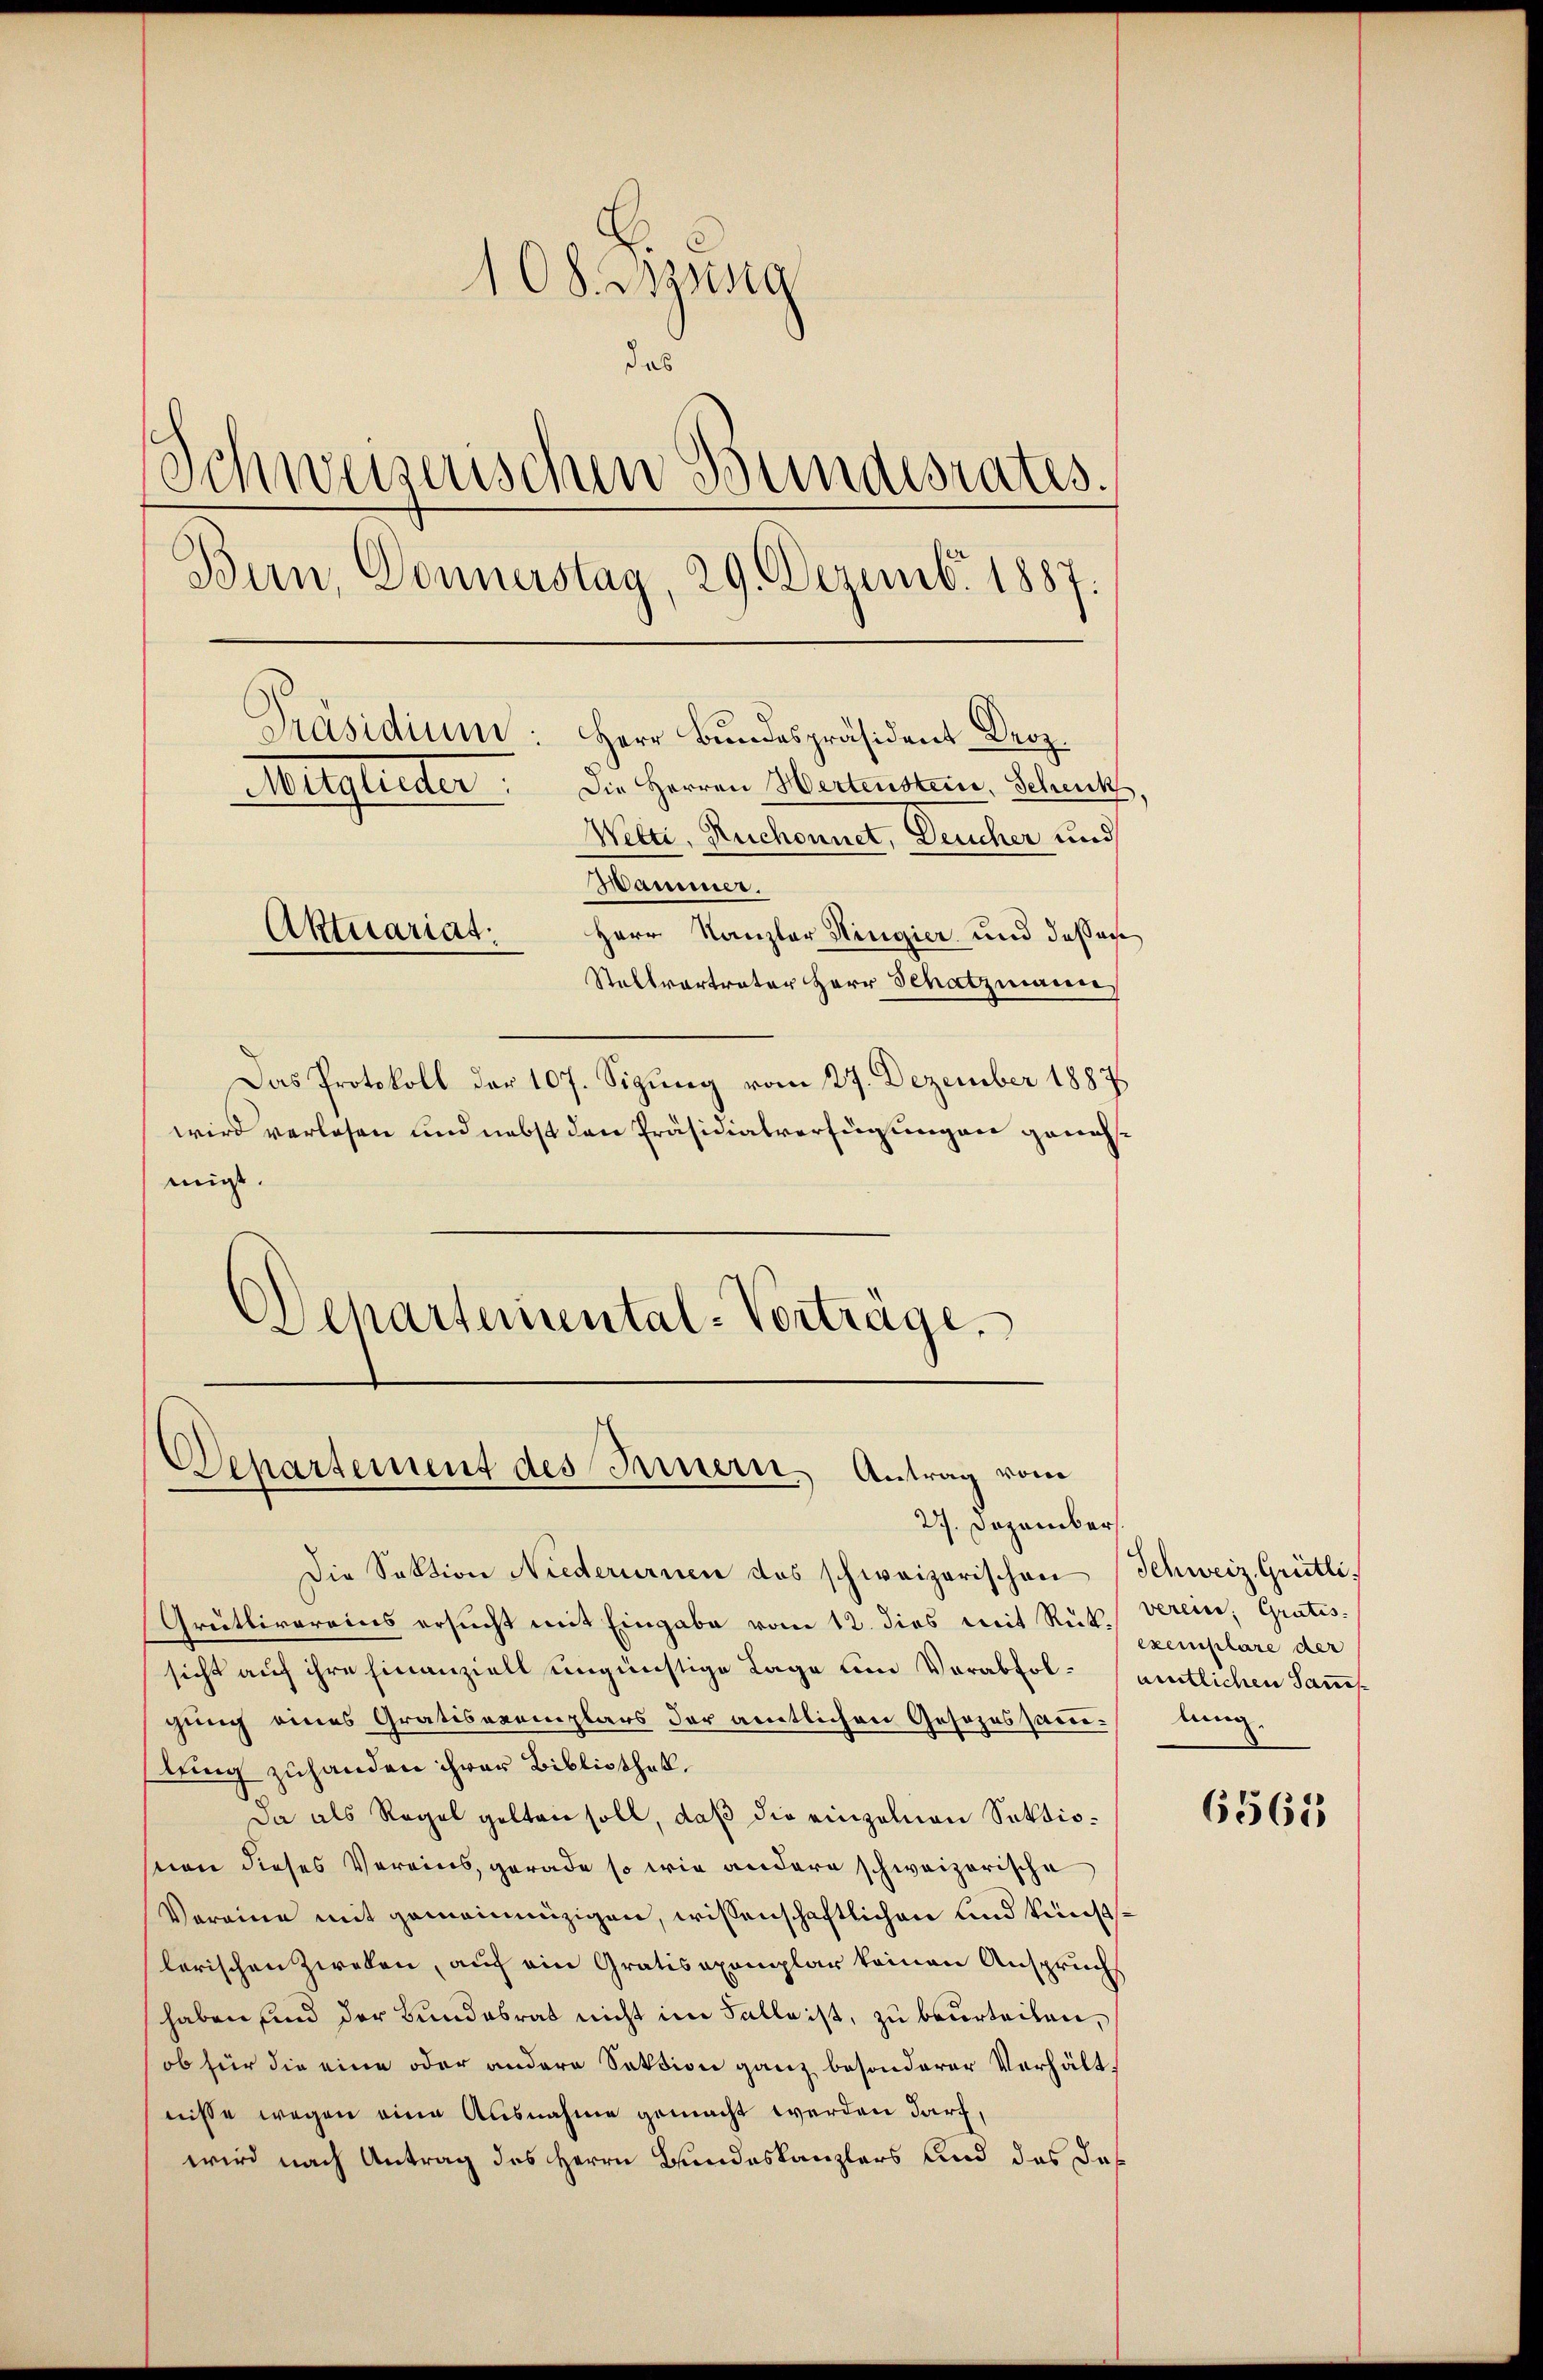
migt.
Departemental-Verträge.

108. Byssig
das
Schweizerischen Bundesrates.
Bern, Donnerstag, 29. Dezemb. 1887.
Präsidium: Herr Bundespräsident Droz.
Die Herren Hertenstein, Schenk
ugleiter
Welti, Ruchennet, Deucher und
Mammer.
Aktuariat:
Herr Kanzler Hingier und dasses
Stellvertrater Herr Schatzmann,
Das Protokoll der 107. Sigung vom 27. Dezember 1887
wird verlosen und nebst den Präsidialverfügungen geneh¬

Departement des Innern, Antrag vom
27. Dezember

Die Sektion Niederurnen das schweizerischen (Schweiz. Grütli¬
Grütlivereins ersucht mit Eingabe vom 12. dies mit Rük. Verein, Gratis
sicht auf ihre hinanziell ungünstige Lage und Verabfolgung eines Gratisexemplars der amtlichen Gesezessaniling zuhanden ihrer Bibliothek.
Da als Regel gelten soll, daß die einzelnen Sektionon dieses Vereins, gerade so wie andere schweizerische
Vereine mit gemeinnüzigen, wissenschaftlichen und künstlerischen Zweken, auf ein Gratisexemplar keinen Anspruchs
haben sind der Bundesrat nicht im Falle ist, zu beurteilen,
ob für die eine oder andere Sektion ganz besonderer Verhältnisse wegen eine Ausnahme gemacht werden darf,
wird nach Antrag des Herrn Bundeskanzlers und das das

exemplare der
amtlichen Sams
lung.

6565